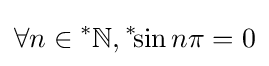
\forall n\in {}^{*}\mathbb {N} ,{}^{*}\!\!\sin n\pi =0